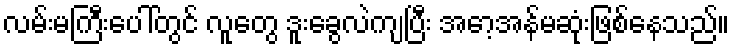
လမ်းမကြီးပေါ်တွင် လူတွေ ဒူးခွေလဲကျပြီး အော့အန်မဆုံးဖြစ်နေသည်။